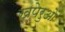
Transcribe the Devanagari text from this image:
खपेरुओं